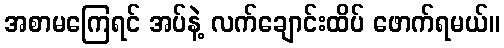
အစာမကြေရင် အပ်နဲ့ လက်ချောင်းထိပ် ဖောက်ရမယ်။